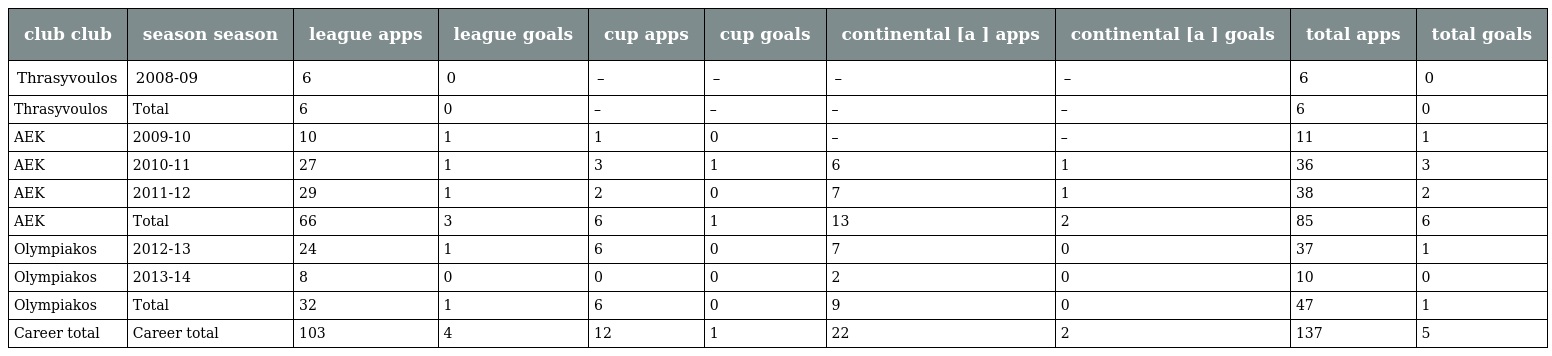
| club club | season season | league apps | league goals | cup apps | cup goals | continental [a ] apps | continental [a ] goals | total apps | total goals |
 | --- | --- | --- | --- | --- | --- | --- | --- | --- | --- |
 | Thrasyvoulos | 2008-09 | 6 | 0 | – | – | – | – | 6 | 0 |
 | Thrasyvoulos | Total | 6 | 0 | – | – | – | – | 6 | 0 |
 | AEK | 2009-10 | 10 | 1 | 1 | 0 | – | – | 11 | 1 |
 | AEK | 2010-11 | 27 | 1 | 3 | 1 | 6 | 1 | 36 | 3 |
 | AEK | 2011-12 | 29 | 1 | 2 | 0 | 7 | 1 | 38 | 2 |
 | AEK | Total | 66 | 3 | 6 | 1 | 13 | 2 | 85 | 6 |
 | Olympiakos | 2012-13 | 24 | 1 | 6 | 0 | 7 | 0 | 37 | 1 |
 | Olympiakos | 2013-14 | 8 | 0 | 0 | 0 | 2 | 0 | 10 | 0 |
 | Olympiakos | Total | 32 | 1 | 6 | 0 | 9 | 0 | 47 | 1 |
 | Career total | Career total | 103 | 4 | 12 | 1 | 22 | 2 | 137 | 5 |